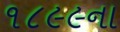
૧૮૯૯ના